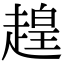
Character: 䞹